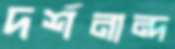
দর্শনান্দ